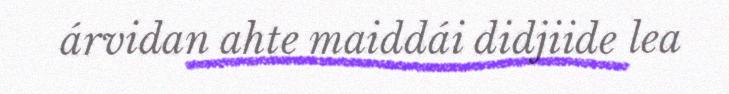
árvidan ahte maiddái didjiide lea